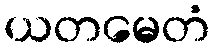
ယတမေတံ